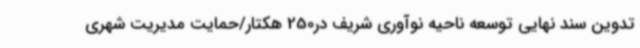
تدوین سند نهایی توسعه ناحیه نوآوری شریف در250 هکتار/حمایت مدیریت شهری